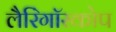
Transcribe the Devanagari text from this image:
लैरिंगॉस्कोप